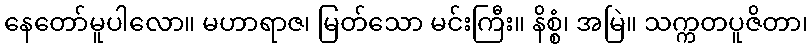
နေတော်မူပါလော။ မဟာရာဇ၊ မြတ်သော မင်းကြီး။ နိစ္စံ၊ အမြဲ။ သက္ကတပူဇိတာ၊